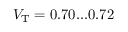
V _ { \mathrm { T } } = 0 . 7 0 . . . 0 . 7 2